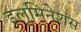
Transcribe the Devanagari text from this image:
इलुमिनेशंस